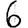
Digit: 6